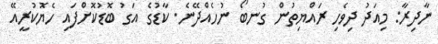
ނާދިރާ: މިއަދު ދިވެހި ރައްޔިތުން ގުނބޯ ނުހެއްދޭނެ. ކާޑުގެ އަގު ބޮޑުކޮށްފައި ހެޔޮކުރީއޭ